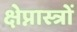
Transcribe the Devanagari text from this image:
क्षेप्नास्त्रों